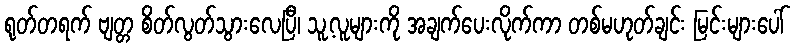
ရုတ်တရက် ဗျတ္တ စိတ်လွတ်သွားလေပြီ၊ သူ့လူများကို အချက်ပေးလိုက်ကာ တစ်မဟုတ်ချင်း မြင်းများပေါ်